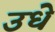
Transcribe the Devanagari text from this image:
उधे